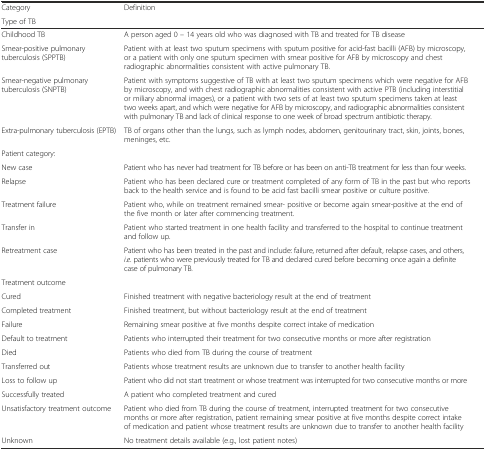
<table><thead><tr><td><b>Category</b></td><td><b>Definition</b></td></tr><tr><td><b>Type of TB</b></td><td></td></tr></thead><tbody><tr><td>Childhood TB</td><td>A person aged 0 – 14 years old who was diagnosed with TB and treated for TB disease</td></tr><tr><td>Smear-positive pulmonary tuberculosis (SPPTB)</td><td>Patient with at least two sputum specimens with sputum positive for acid-fast bacilli (AFB) by microscopy, or a patient with only one sputum specimen with smear positive for AFB by microscopy and chest radiographic abnormalities consistent with active pulmonary TB.</td></tr><tr><td>Smear-negative pulmonary tuberculosis (SNPTB)</td><td>Patient with symptoms suggestive of TB with at least two sputum specimens which were negative for AFB by microscopy, and with chest radiographic abnormalities consistent with active PTB (including interstitial or miliary abnormal images), or a patient with two sets of at least two sputum specimens taken at least two weeks apart, and which were negative for AFB by microscopy, and radiographic abnormalities consistent with pulmonary TB and lack of clinical response to one week of broad spectrum antibiotic therapy.</td></tr><tr><td>Extra-pulmonary tuberculosis (EPTB)</td><td>TB of organs other than the lungs, such as lymph nodes, abdomen, genitourinary tract, skin, joints, bones, meninges, etc.</td></tr><tr><td>Patient category:</td><td></td></tr><tr><td>New case</td><td>Patient who has never had treatment for TB before or has been on anti-TB treatment for less than four weeks.</td></tr><tr><td>Relapse</td><td>Patient who has been declared cure or treatment completed of any form of TB in the past but who reports back to the health service and is found to be acid fast bacilli smear positive or culture positive.</td></tr><tr><td>Treatment failure</td><td>Patient who, while on treatment remained smear- positive or become again smear-positive at the end of the five month or later after commencing treatment.</td></tr><tr><td>Transfer in</td><td>Patient who started treatment in one health facility and transferred to the hospital to continue treatment and follow up.</td></tr><tr><td>Retreatment case</td><td>Patient who has been treated in the past and include: failure, returned after default, relapse cases, and others, <i>i.e</i>. patients who were previously treated for TB and declared cured before becoming once again a definite case of pulmonary TB.</td></tr><tr><td>Treatment outcome</td><td></td></tr><tr><td>Cured</td><td>Finished treatment with negative bacteriology result at the end of treatment</td></tr><tr><td>Completed treatment</td><td>Finished treatment, but without bacteriology result at the end of treatment</td></tr><tr><td>Failure</td><td>Remaining smear positive at five months despite correct intake of medication</td></tr><tr><td>Default to treatment</td><td>Patients who interrupted their treatment for two consecutive months or more after registration</td></tr><tr><td>Died</td><td>Patients who died from TB during the course of treatment</td></tr><tr><td>Transferred out</td><td>Patients whose treatment results are unknown due to transfer to another health facility</td></tr><tr><td>Loss to follow up</td><td>Patient who did not start treatment or whose treatment was interrupted for two consecutive months or more</td></tr><tr><td>Successfully treated</td><td>A patient who completed treatment and cured</td></tr><tr><td>Unsatisfactory treatment outcome</td><td>Patient who died from TB during the course of treatment, interrupted treatment for two consecutive months or more after registration, patient remaining smear positive at five months despite correct intake of medication and patient whose treatment results are unknown due to transfer to another health facility</td></tr><tr><td>Unknown</td><td>No treatment details available (e.g., lost patient notes)</td></tr></tbody></table>